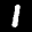
Label: 1